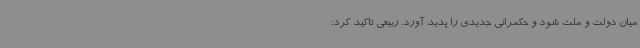
میان دولت و ملت شود و حکمرانی جدیدی را پدید آورد. ربیعی تاکید کرد: